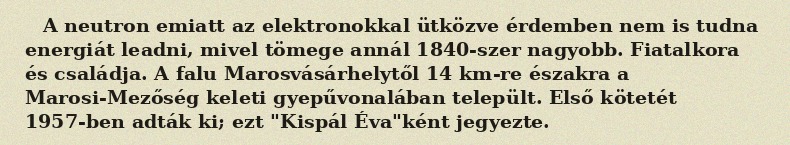
A neutron emiatt az elektronokkal ütközve érdemben nem is tudna energiát leadni, mivel tömege annál 1840-szer nagyobb. Fiatalkora és családja. A falu Marosvásárhelytől 14 km-re északra a Marosi-Mezőség keleti gyepűvonalában települt. Első kötetét 1957-ben adták ki; ezt "Kispál Éva"ként jegyezte.